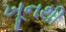
ખૂનથી